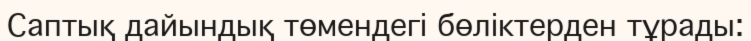
Саптық дайындық төмендегі бөліктерден тұрады: